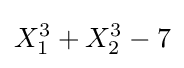
X_{1}^{3}+X_{2}^{3}-7